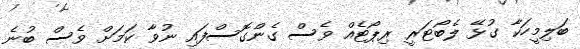
ބަލިމީހަކާ ގުޅޭ ލެބޯޓަރީ ރިޕޯޓެއް ވެސް ގެންގޮސްފައި ނުވާ ކަމަށް ވެސް ބުނެ